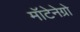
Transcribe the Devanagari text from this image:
मॉटेनेग्रो